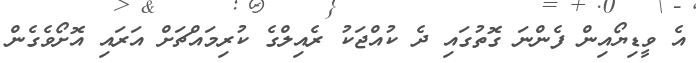
އެ ވީޑިޔޯއިން ފެންނަ ގޮތުގައި ދެ ކުއްޖަކު ރެއިލްގެ ކުރިމައްޗަށް އަރައި އޮށޯވެގެން